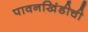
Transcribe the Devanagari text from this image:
पावनखिंडीची